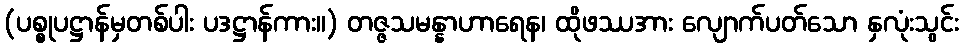
(ပစ္စုပဋ္ဌာန်မှတစ်ပါး ပဒဋ္ဌာန်ကား။) တဇ္ဇသမန္နာဟာရေန၊ ထိုဖဿအား လျောက်ပတ်သော နှလုံးသွင်း